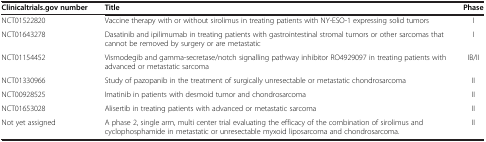
| Clinicaltrials.gov number | Title | Phase |
 | --- | --- | --- |
 | NCT01522820 | Vaccine therapy with or without sirolimus in treating patients with NY-ESO-1 expressing solid tumors | I |
 | NCT01643278 | Dasatinib and ipilimumab in treating patients with gastrointestinal stromal tumors or other sarcomas that cannot be removed by surgery or are metastatic | I |
 | NCT01154452 | Vismodegib and gamma-secretase/notch signalling pathway inhibitor RO4929097 in treating patients with advanced or metastatic sarcoma | IB/II |
 | NCT01330966 | Study of pazopanib in the treatment of surgically unresectable or metastatic chondrosarcoma | II |
 | NCT00928525 | Imatinib in patients with desmoid tumor and chondrosarcoma | II |
 | NCT01653028 | Alisertib in treating patients with advanced or metastatic sarcoma | II |
 | Not yet assigned | A phase 2, single arm, multi center trial evaluating the efficacy of the combination of sirolimus and cyclophosphamide in metastatic or unresectable myxoid liposarcoma and chondrosarcoma. | II |